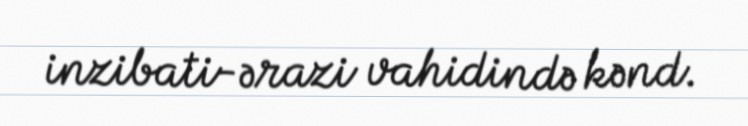
inzibati-ərazi vahidində kənd.